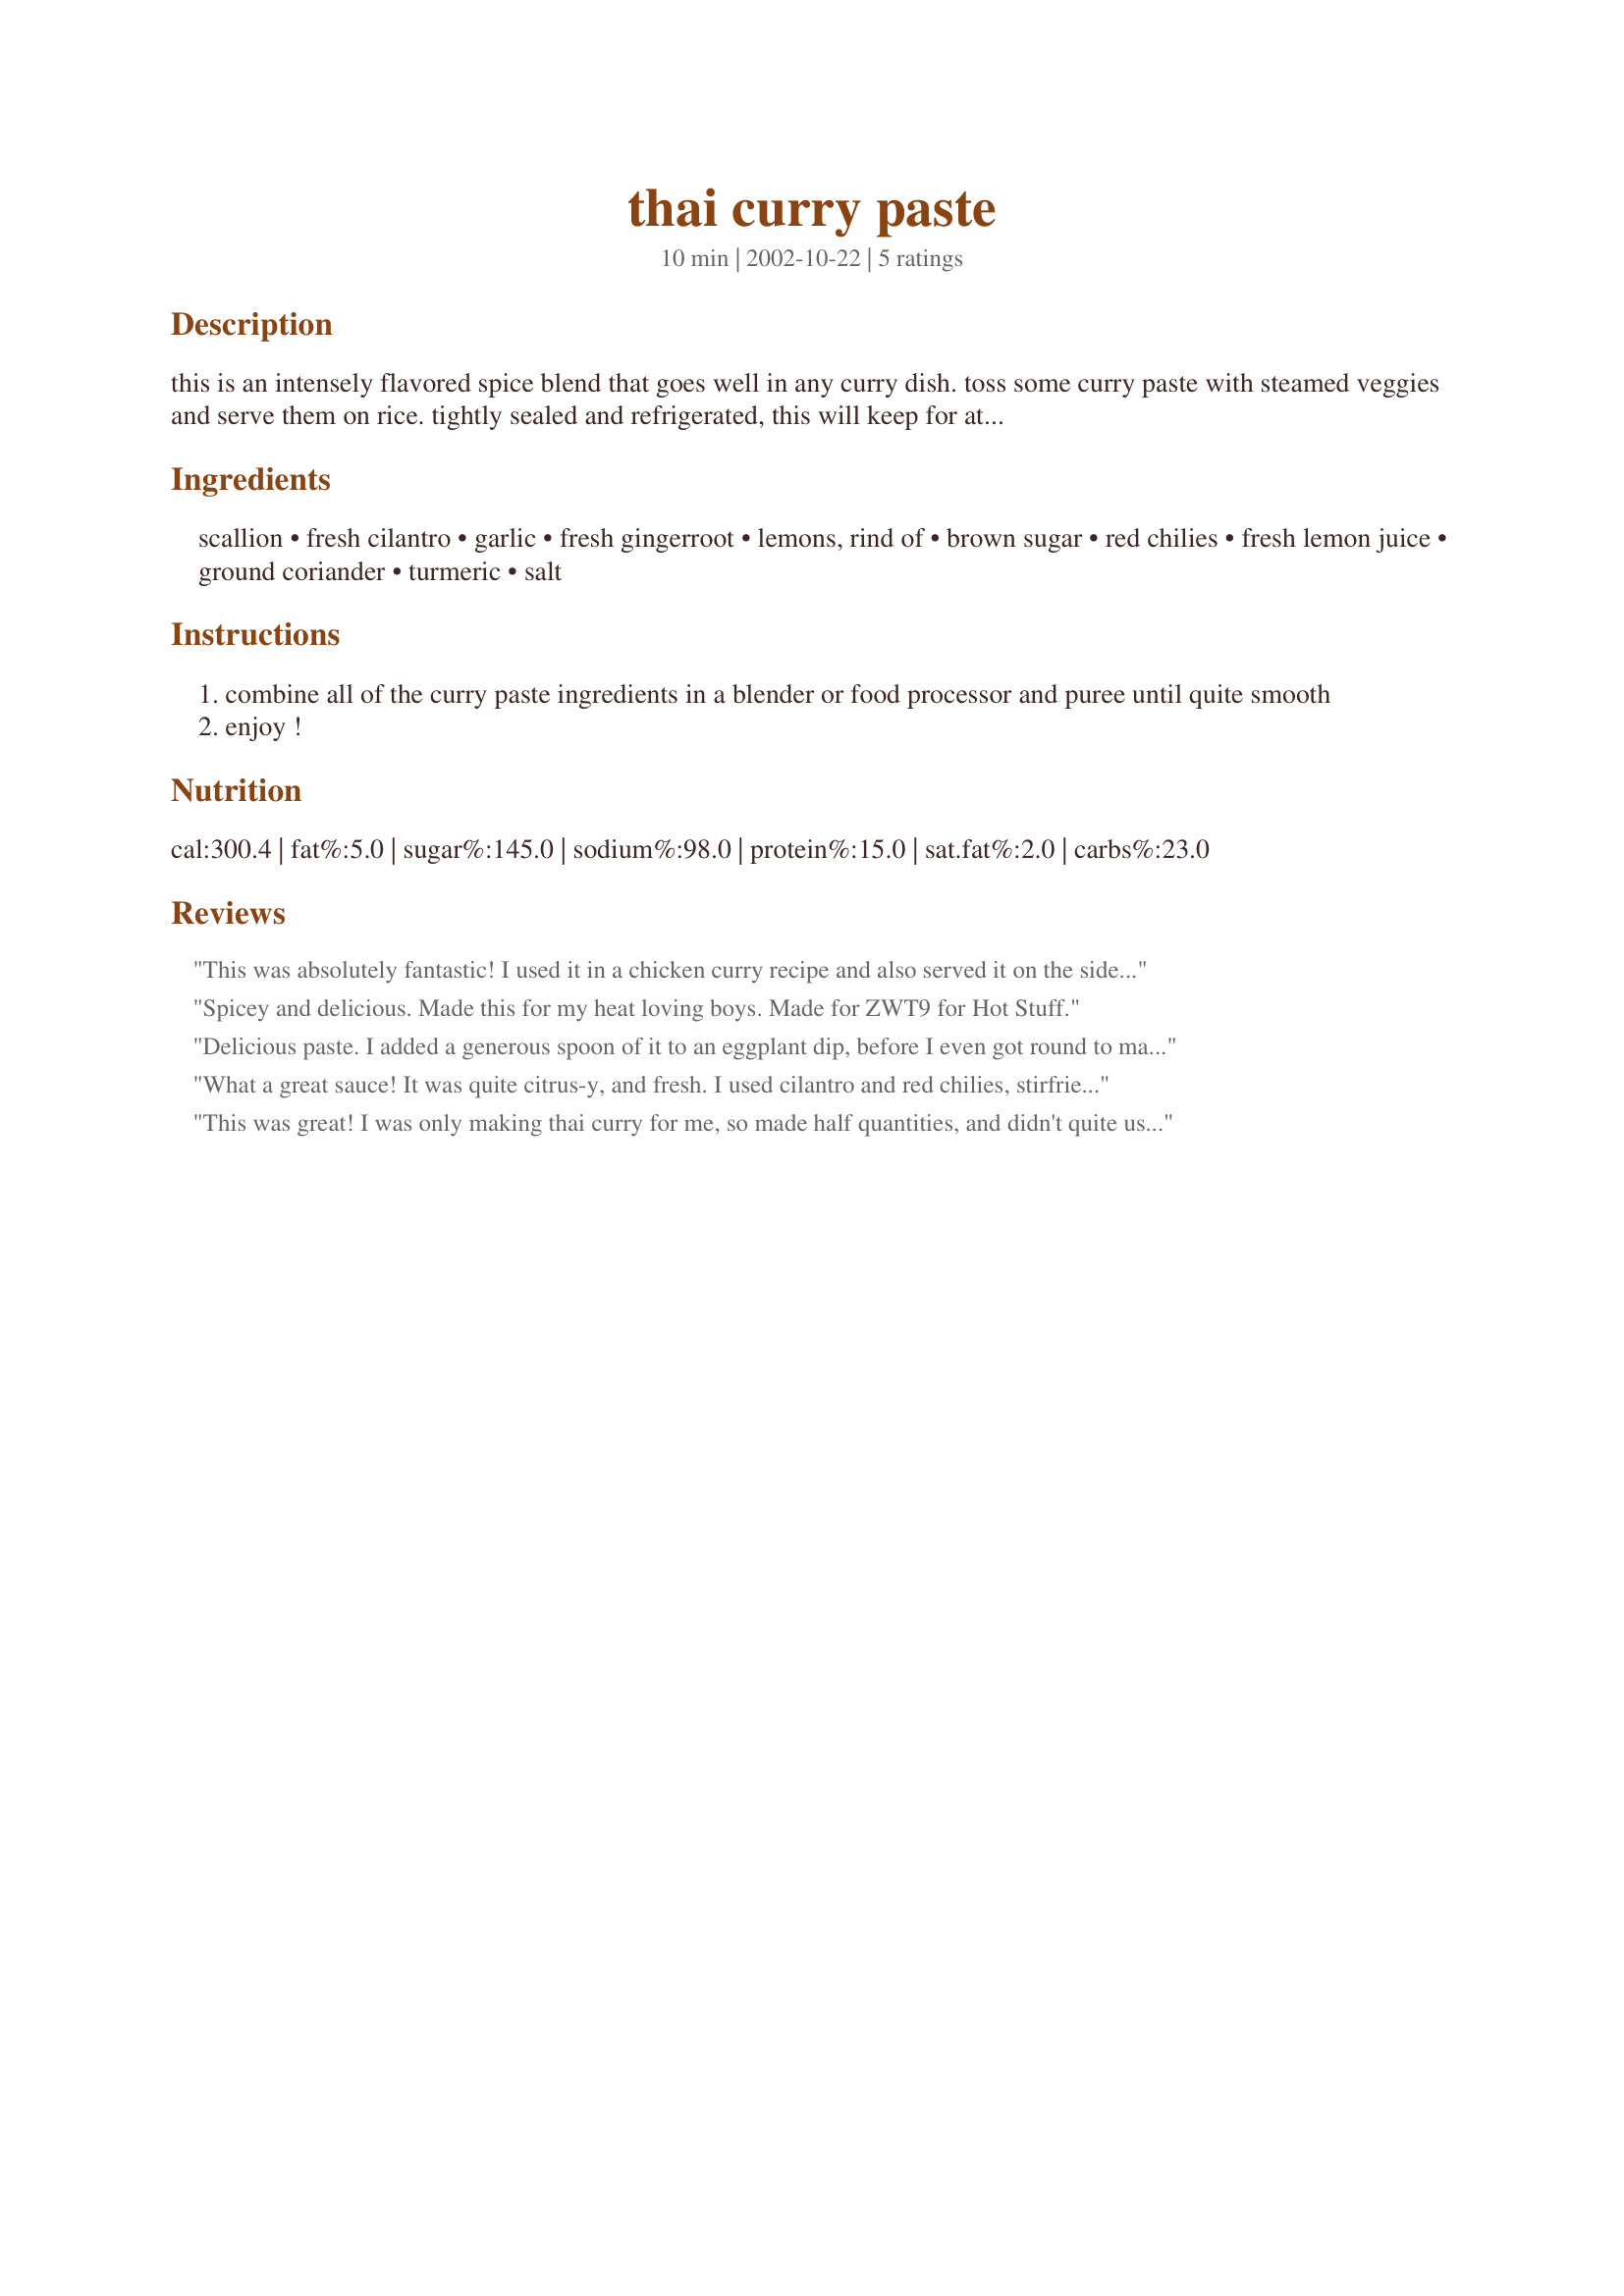
thai curry paste
Preparation time: 10 minutes

this is an intensely flavored spice blend that goes well in any curry dish. toss some curry paste with steamed veggies and serve them on rice. tightly sealed and refrigerated, this will keep for at least a week, and it may also be frozen for extended storage.

Ingredients:
scallion, fresh cilantro, garlic, fresh gingerroot, lemons, rind of, brown sugar, red chilies, fresh lemon juice, ground coriander, turmeric, salt

Steps:
combine all of the curry paste ingredients in a blender or food processor and puree until quite smooth
enjoy !

Reviews:
This was absolutely fantastic! I used it in a chicken curry recipe and also served it on the side as a condiment. Everyone raved about the flavor. I plan to make a triple and then triple the recipe again and make a huge batch! Thanks...
Spicey and delicious. Made this for my heat loving boys. Made for ZWT9 for Hot Stuff.
Delicious paste. I added a generous spoon of it to an eggplant dip, before I even got round to making the curry. I used basil, lemon rind, lemon juice and 2 green chilies -- and wished I had left in more seeds for some heat. I used this in Recipe #37515, and have some leftover for another batch of dip.
What a great sauce! It was quite citrus-y, and fresh. I used cilantro and red chilies, stirfried it with chicken and rice. This is the perfect sauce for stirfried squid, in my opinion--my boss used to make ginger squid with scallions, and the flavors reminded me so much of it. Thanks for a great recipe!
This was great! I was only making thai curry for me, so made half quantities, and didn't quite use it all. I'm a bit of a chilli fiend though, so still used two red birds eye chilli's.
